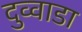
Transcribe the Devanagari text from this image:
दुव्वाडा